Scottish Leaving Certificate Examination, 1959
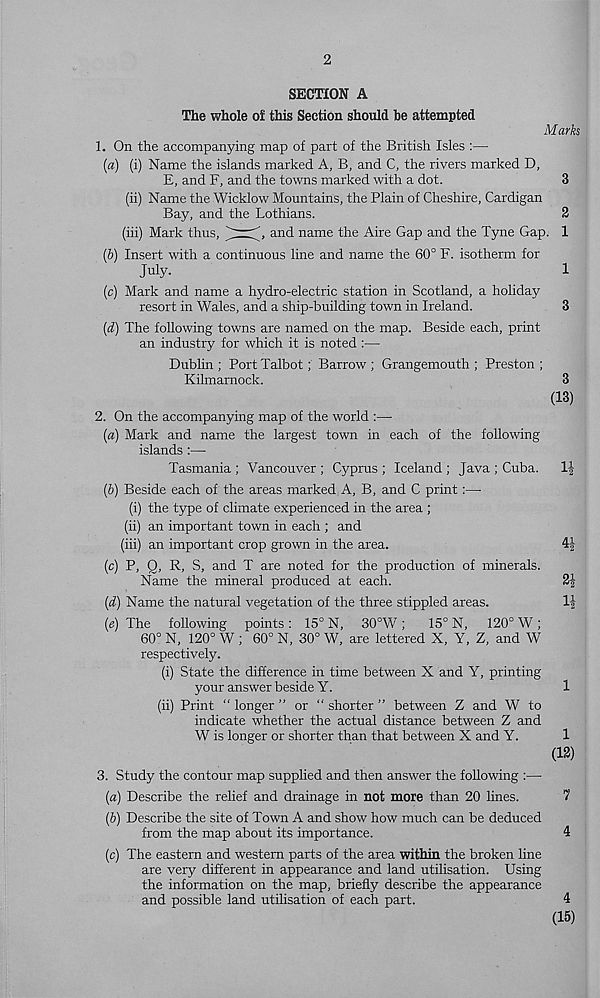
2
SECTION A
The whole of this Section should be attempted
Marks
1. On the accompanying map of part of the British Isles :—
(a) (i) Name the islands marked A, B, and C, the rivers marked D,
E, and F, and the towns marked with a dot.
3
(ii) Name the Wicklow Mountains, the Plain of Cheshire, Cardigan
Bay, and the Lothians.
2
(iii) Mark thus,
and name the Aire Gap and the Tyne Gap. 1
(b) Insert with a continuous line and name the 60° F. isotherm for
July.
1
(c) Mark and name a hydro-electric station in Scotland, a holiday
resort in Wales, and a ship-building town in Ireland.
3
(d) The following towns are named on the map. Beside each, print
an industry for which it is noted:—
Dublin ; Port Talbot; Barrow ; Grangemouth ; Preston ;
Kilmarnock.
3
(13)
2. On the accompanying map of the world :—
(a) Mark and name the largest town in each of the following
islands :—■
Tasmania ; Vancouver ; Cyprus ; Iceland ; Java ; Cuba. 1|
(b) Beside each of the areas marked. A, B, and C print:—
(i) the type of climate experienced in the area ;
(ii) an important town in each ; and
(iii) an important crop grown in the area.
4|
(c) P, Q, R, S, and T are noted for the production of minerals.
Name the mineral produced at each.
21
(d) Name the natural vegetation of the three stippled areas.
1-|
{e) The following points : 15° N, 30°W;
15° N, 120° W;
60° N, 120° W ; 60° N, 30° W, are lettered X, Y, Z, and W
respectively.
(i) State the difference in time between X and Y, printing
your answer beside Y.
1
(ii) Print “ longer ” or “ shorter ” between Z and W to
indicate whether the actual distance between Z and
W is longer or shorter than that between X and Y.
1
(13)
3. Study the contour map supplied and then answer the following :—
(a) Describe the relief and drainage in not more than 20 lines.
7
(b) Describe the site of Town A and show how much can be deduced
from the map about its importance.
4
(c) The eastern and western parts of the area within the broken line
are very different in appearance and land utilisation. Using
the information on the map, briefly describe the appearance
and possible land utilisation of each part.
4
(15)